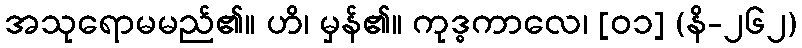
အသုရောမမည်၏။ ဟိ၊ မှန်၏။ ကုဒ္ဓကာလေ၊ [၀၁] (နိ-၂၆၂)